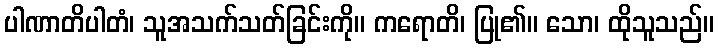
ပါဏာတိပါတံ၊ သူအသက်သတ်ခြင်းကို။ ကရောတိ၊ ပြု၏။ သော၊ ထိုသူသည်။